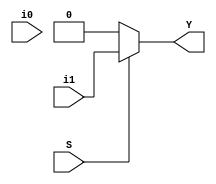
module mux2(input S,input i0,i1,output Y);
  assign Y=S?i1:10;
endmodule
module mux2_tb;
  reg S,i0,i1;
  wire Y;
  mux2 mu(S,i0,i1,Y);
  initial begin
    $monitor("S=%h,i0=%h,i1=%h--->y=%h",S,i0,i1,Y);
    i0=0;i1=1;
    S=0;
    #10;
    S=1;
  end
endmodule